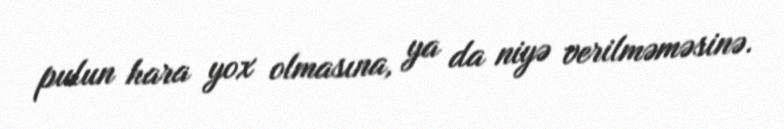
pulun hara yox olmasına, ya da niyə verilməməsinə.